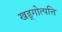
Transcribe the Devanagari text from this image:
खड्गोत्पत्ति